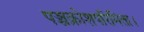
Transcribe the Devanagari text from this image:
पञ्चक्रोशपरिमिता।